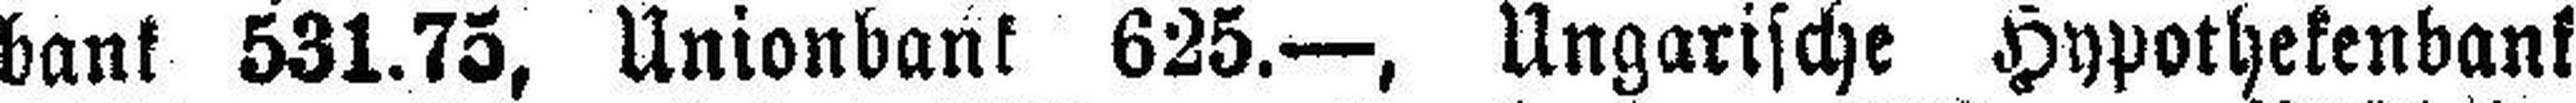
bank 531.75, Unionbank 625.—, Ungarische Hypothekenbank